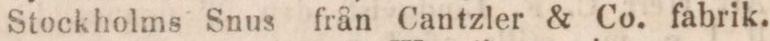
Stockholms Snus från Cantzler & Co. fabrik.